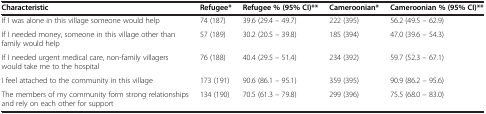
<table><thead><tr><td><b>Characteristic</b></td><td><b>Refugee*</b></td><td><b>Refugee % (95% CI)**</b></td><td><b>Cameroonian*</b></td><td><b>Cameroonian % (95% CI)**</b></td></tr></thead><tbody><tr><td>If I was alone in this village someone would help</td><td>74 (187)</td><td>39.6 (29.4 – 49.7)</td><td>222 (395)</td><td>56.2 (49.5 – 62.9)</td></tr><tr><td>If I needed money, someone in this village other than family would help</td><td>57 (189)</td><td>30.2 (20.5 – 39.8)</td><td>185 (394)</td><td>47.0 (39.6 – 54.3)</td></tr><tr><td>If I needed urgent medical care, non-family villagers would take me to the hospital</td><td>76 (188)</td><td>40.4 (29.5 – 51.4)</td><td>234 (392)</td><td>59.7 (52.3 – 67.1)</td></tr><tr><td>I feel attached to the community in this village</td><td>173 (191)</td><td>90.6 (86.1 – 95.1)</td><td>359 (395)</td><td>90.9 (86.2 – 95.6)</td></tr><tr><td>The members of my community form strong relationships and rely on each other for support</td><td>134 (190)</td><td>70.5 (61.3 – 79.8)</td><td>299 (396)</td><td>75.5 (68.0 – 83.0)</td></tr></tbody></table>